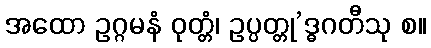
အထော ဥဂ္ဂမနံ ဝုတ္တံ၊ ဥပ္ပတ္တု’ဒ္ဓဂတီသု စ။